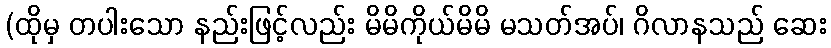
(ထိုမှ တပါးသော နည်းဖြင့်လည်း မိမိကိုယ်မိမိ မသတ်အပ်၊ ဂိလာနသည် ဆေး